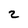
Character: 2